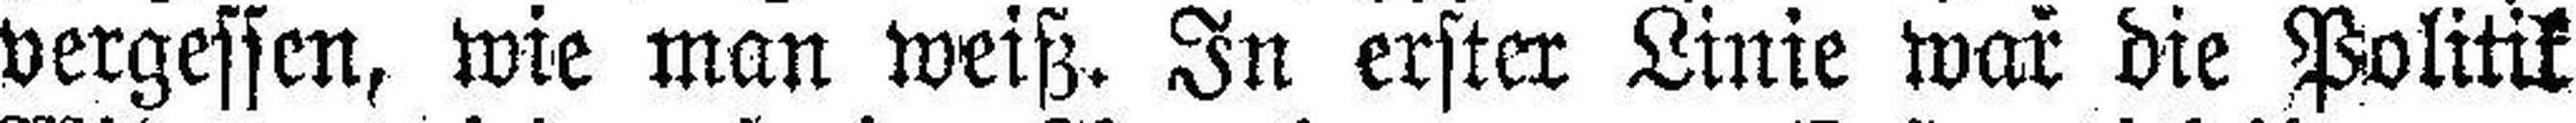
vergessen, wie man weiß. In erster Linie war die Politik